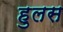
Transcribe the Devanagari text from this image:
हुलस